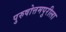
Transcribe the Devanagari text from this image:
पुरुषोत्तमपुरीला